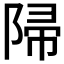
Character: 𨺜